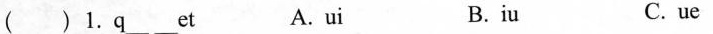
( )1.q ____ ___ et A.ui B.iu C.ue